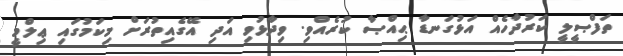
ތަފްޞީލީ ކަރުދާހެއް އަޅުގަނޑާ ޙިއްޞާ ކުރެއްވި. ވިދާޅުވި އަދި އޭގެއިތުރަށް މިކަމުގައި ޢިލްމީ